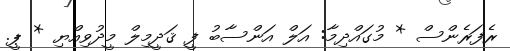
ރެފަރެންސް * މުގައްދިމާ: އަލް އަންސާބު ފީ ޤަދީމިލް މީދުވިއްޔި * ޕީ.